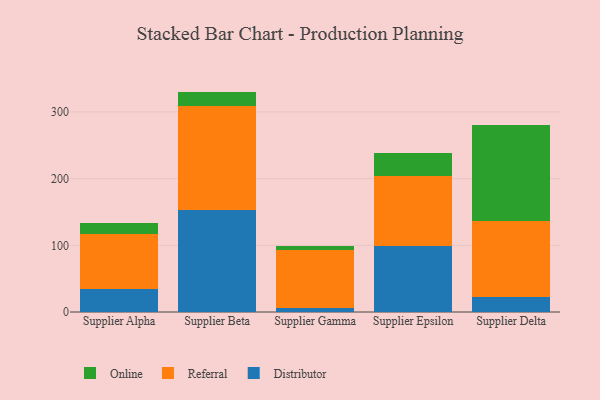
{"axis": {"x": "Supplier", "y": "Net Income (USD K)"}, "legend": ["Distributor", "Online", "Referral"], "data": [{"x": "Supplier Alpha", "y": 34.8, "type": "Distributor"}, {"x": "Supplier Alpha", "y": 82.3, "type": "Referral"}, {"x": "Supplier Alpha", "y": 16.4, "type": "Online"}, {"x": "Supplier Beta", "y": 152.8, "type": "Distributor"}, {"x": "Supplier Beta", "y": 155.6, "type": "Referral"}, {"x": "Supplier Beta", "y": 22.1, "type": "Online"}, {"x": "Supplier Gamma", "y": 5.9, "type": "Distributor"}, {"x": "Supplier Gamma", "y": 87.2, "type": "Referral"}, {"x": "Supplier Gamma", "y": 5.9, "type": "Online"}, {"x": "Supplier Epsilon", "y": 99.2, "type": "Distributor"}, {"x": "Supplier Epsilon", "y": 105.1, "type": "Referral"}, {"x": "Supplier Epsilon", "y": 33.8, "type": "Online"}, {"x": "Supplier Delta", "y": 22.7, "type": "Distributor"}, {"x": "Supplier Delta", "y": 113.4, "type": "Referral"}, {"x": "Supplier Delta", "y": 144.9, "type": "Online"}]}